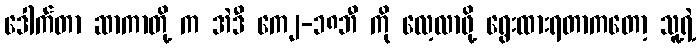
ဒေါက်တာ ဆာကာတို့ က အဲဒီ ကေ၂-၁၈ဘီ ကို လေ့လာဖို့ ရွေးထားရတာကတော့ သူ့ရဲ့